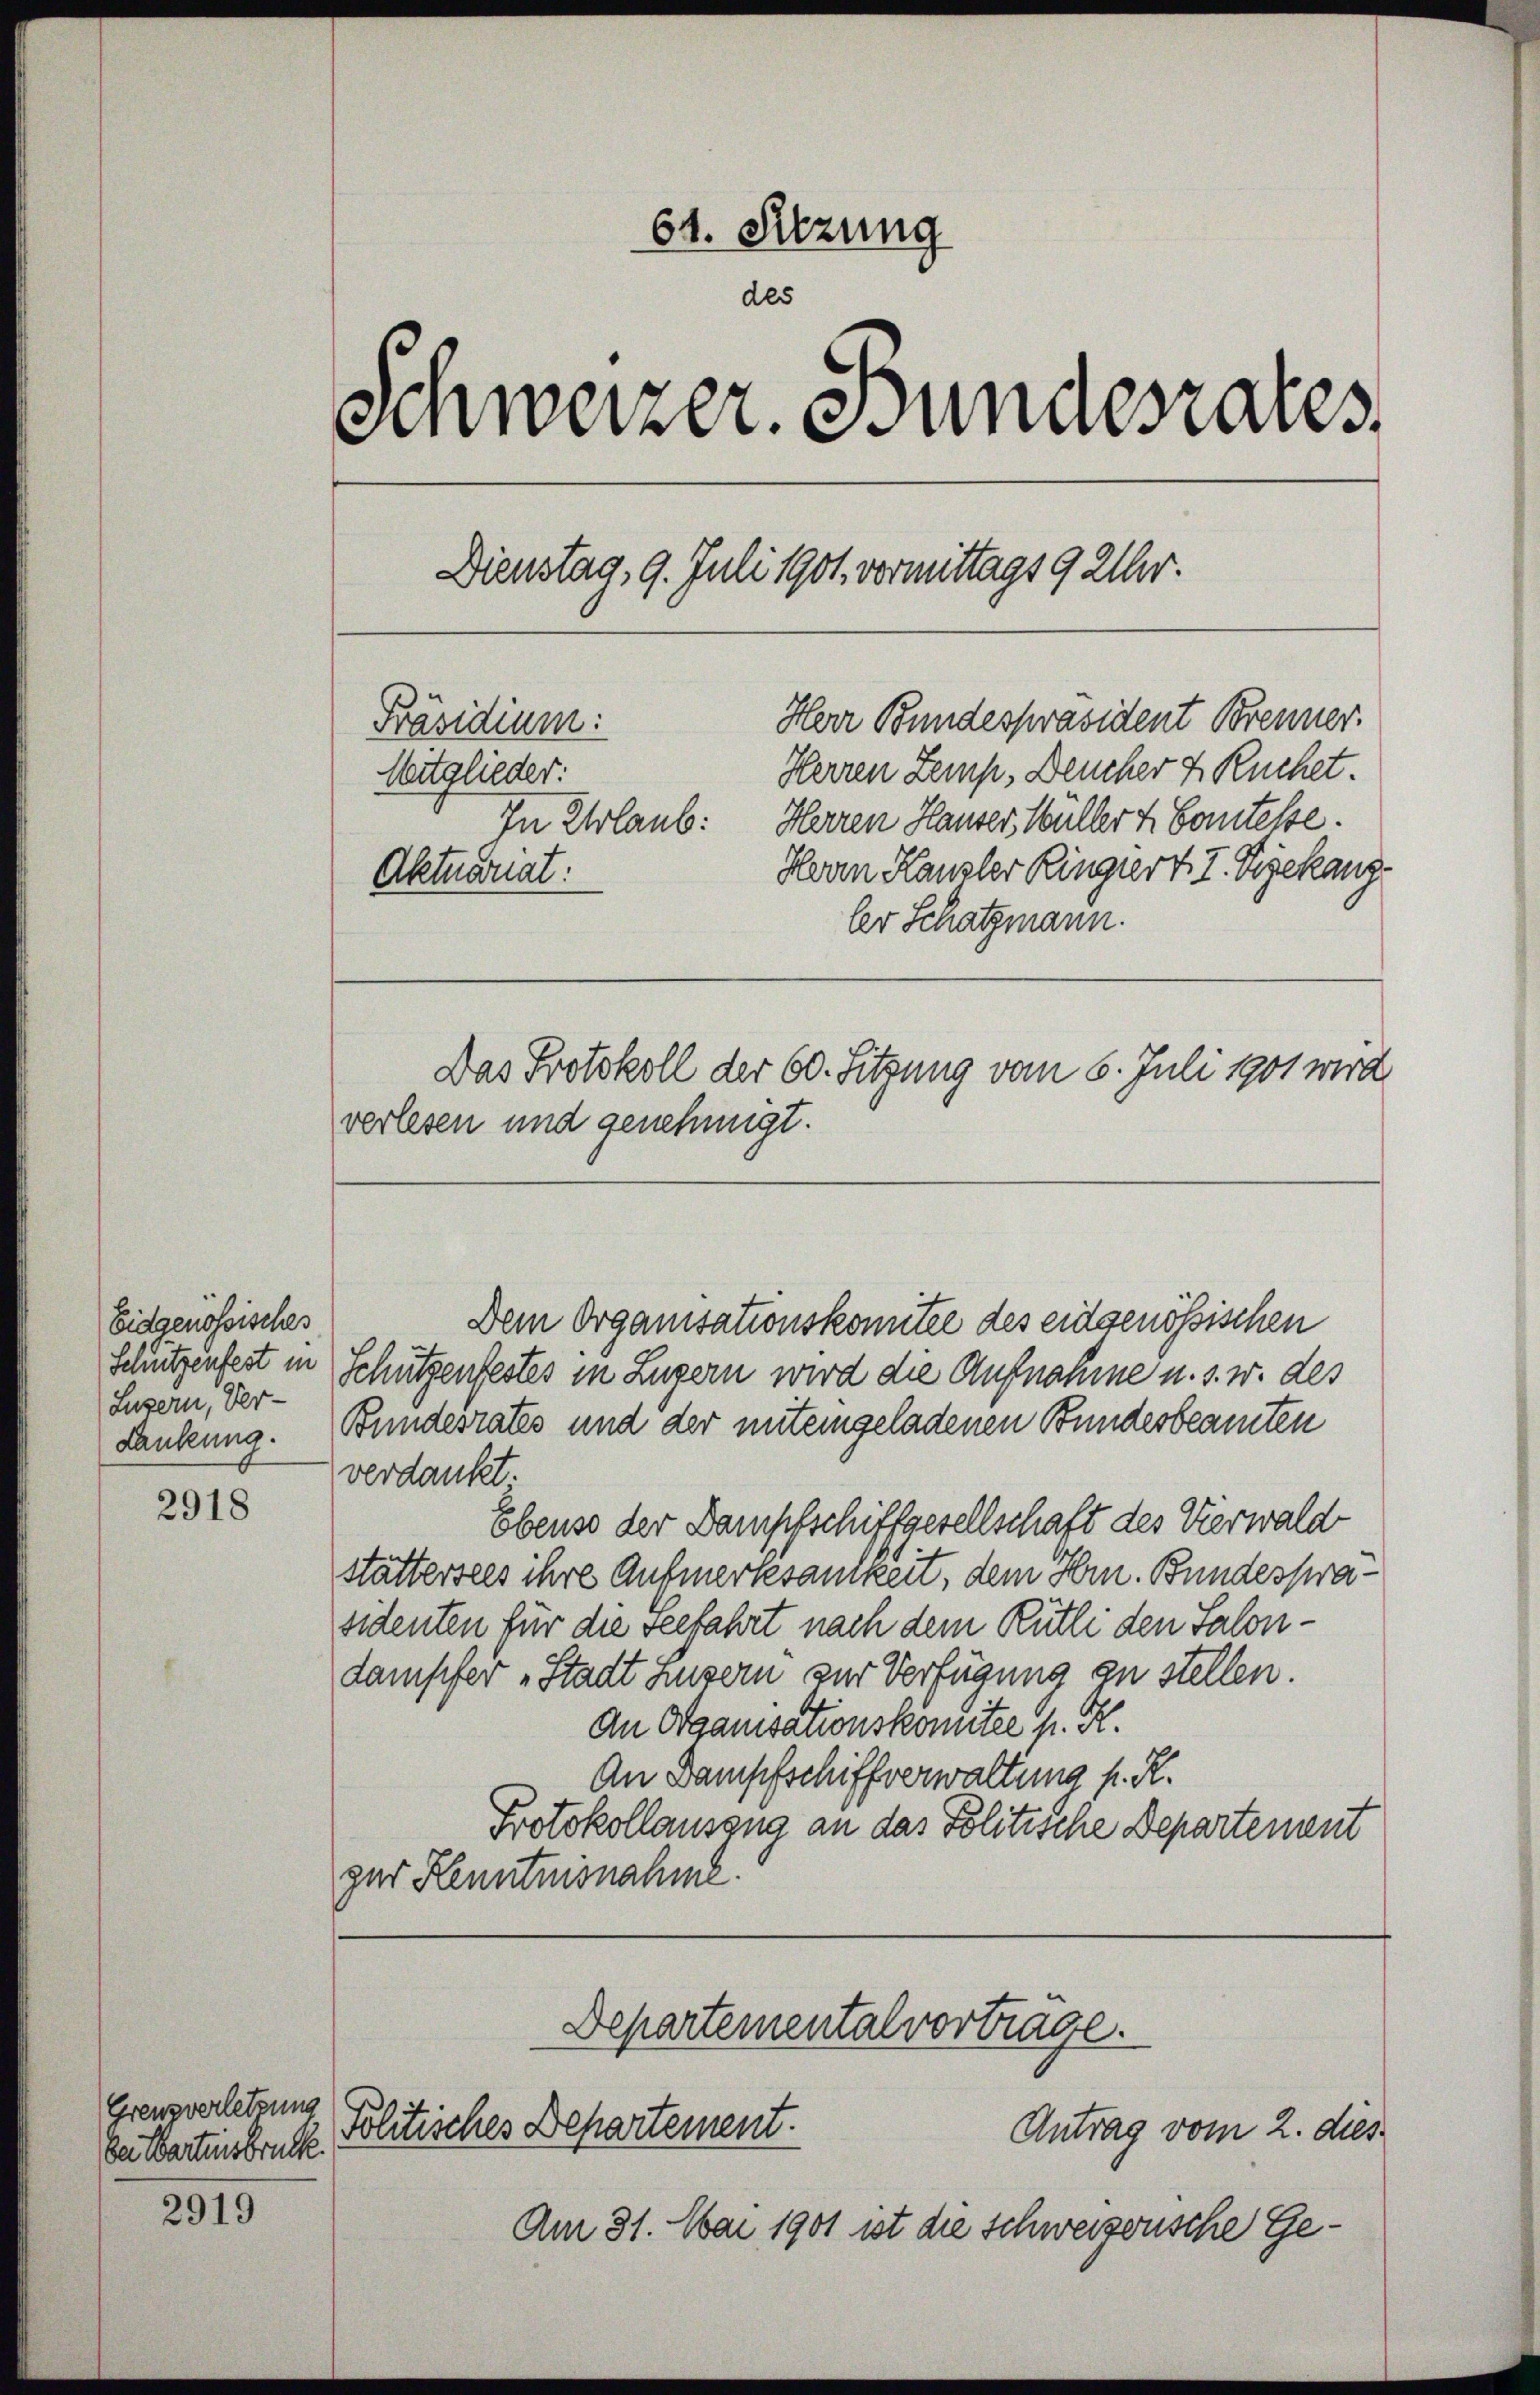
Eidgenössisches
Schützenfest in
Luzern, Ver-
Lankung.

2918

Grenzverletzung
der Wartensbruck.

2919

64. Sitzung
des
senweizer. Bundesrates.
Dienstag. 9. Juli 1901 vormittags 9 Uhr.
Herr Bundespräsident Brenner.
Präsidium:
Herren Zemp, Deucher 2 Kuchet.
Mitglieder:
In Erlaub: Herren Hauser, Müller & Comtesse.
Herrn Kanzler Ringiert. I. Zizekanz
Aktuarnat:
ler Schatzmann.
Das Protokoll der 60. Sitzung vom 6. Juli 1901 wird
verlesen und genehmigt.

Departemental vorträge.
Politisches Departement.
Antrag vom 2. dies

Dem Organisationskomitee des eidgenössischen
Schützenfestes in Luzern wird die Aufnahme u. s. w. des
Bundesrates und der miteingeladenen Bundesbeamten
verdankt.
Ebenso der Dampfschiffgesellschaft des Vierwald
stättersees ihre Aufmerksamkeit, dem Hrn. Bundesprasidenten für die Seefahrt nach dem Rütti den Salondampfer „Stadt Luzern zur Verfügung zu stellen.
an Organisationskomitee sr. K.
An Dampfschiffverwaltung f. R.
Protokollauszug an das Politische Departement
ger Kenntnisnahme.

Am 31. Mai 1901 ist die schweizerische Ge¬